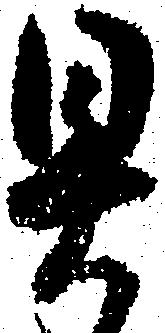
具